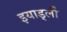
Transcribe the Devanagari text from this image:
इयार्ड्ली